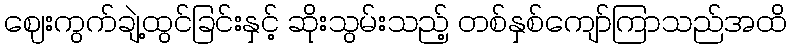
ဈေးကွက်ချဲ့ထွင်ခြင်းနှင့် ဆိုးသွမ်းသည့် တစ်နှစ်ကျော်ကြာသည်အထိ